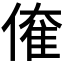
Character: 𠌱